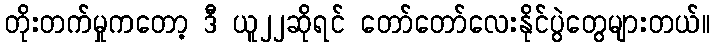
တိုးတက်မှုကတော့ ဒီ ယူ၂၂ဆိုရင် တော်တော်လေးနိုင်ပွဲတွေများတယ်။